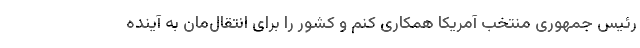
رئیس جمهوری منتخب آمریکا همکاری کنم و کشور را برای انتقال‌مان به آینده